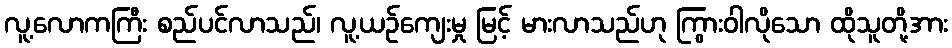
လူ့လောကကြီး စည်ပင်လာသည်၊ လူ့ယဉ်ကျေးမှု မြင့် မားလာသည်ဟု ကြွားဝါလိုသော ထိုသူတို့အား